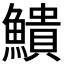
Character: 𫙷